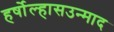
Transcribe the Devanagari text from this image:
हर्षोल्हासउन्माद